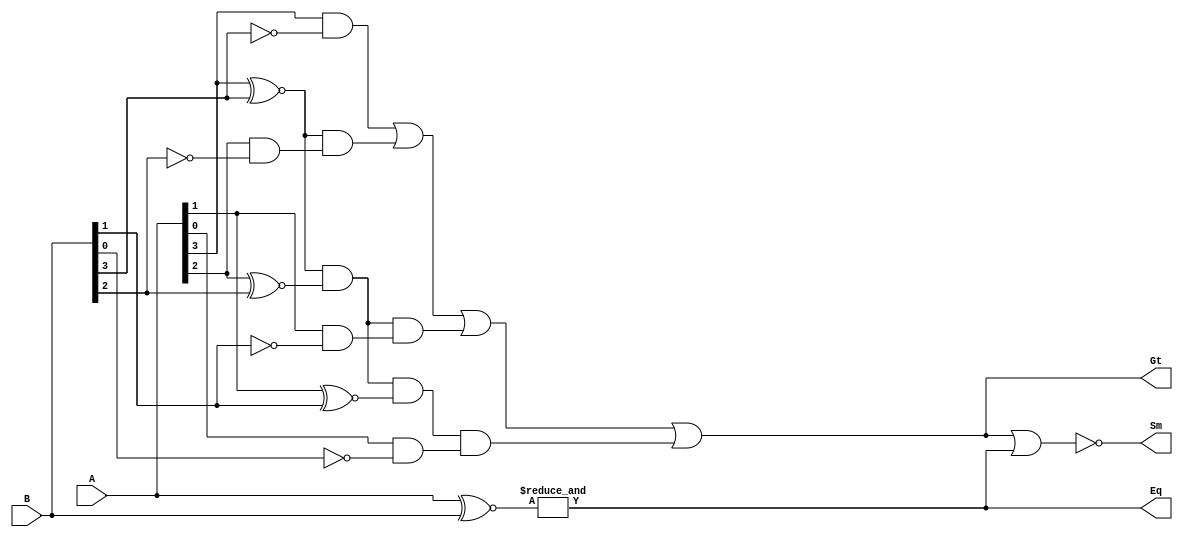
/**************************************************
P1.1 4-bit COMPARATOR DATAFLOW1
************************************************/

module comparator_df1(Eq,Gt,Sm,A,B);

	input [3:0]A,B;
	output Eq,Gt,Sm;

assign Eq= &(A ~^ B);	//A==B
assign Gt= (A[3]& ~B[3]) | ((A[3]~^B[3]) & (A[2]& ~B[2])) | ((A[3]~^B[3]) & (A[2]~^B[2]) & (A[1]& ~B[1])) | ((A[3]~^B[3]) & (A[2]~^B[2]) & (A[1]~^B[1]) & (A[0]& ~B[0]));	//A>B
assign Sm= ~(Gt|Eq);

endmodule